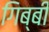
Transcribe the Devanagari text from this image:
गिब्बी